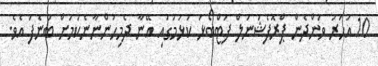
10 އަހަރު ވަންދެން ޕްރޮފެޝަނަލް ފުޓްބޯޅަ ކުޅުމުގައި އޭނާ ދެމިހުންނާނެކަމަށް ބުނެފަ އެވެ.